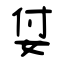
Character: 姇